Annual report on the Civil Veterinary Department, Burma (including the Insein Veterinary School) - 1910-1922
Year: 1910
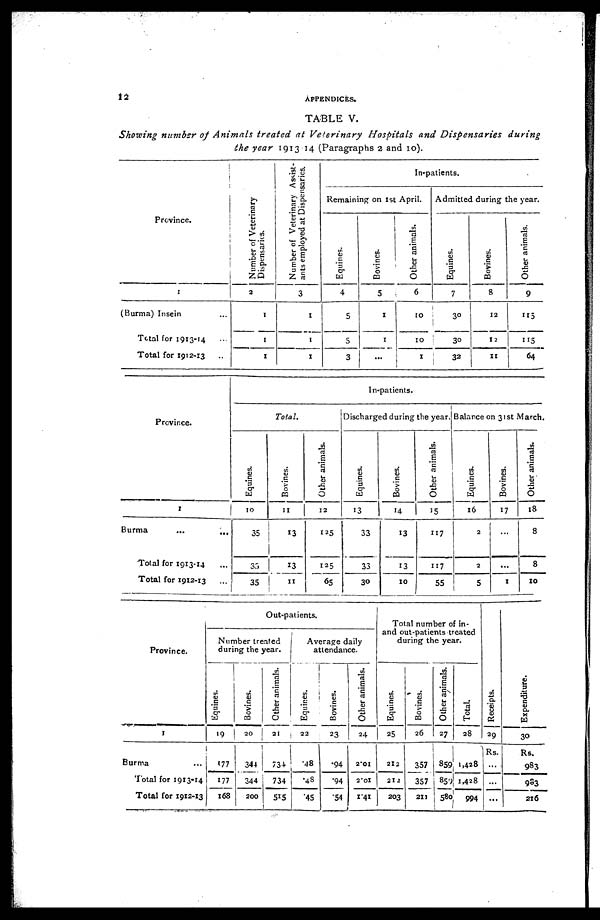
12
APPENDICES.
TABLE V.
Showing number of Animals treated at Veterinary
Hospitals and Dispensaries
during
the year 1913 14 (Paragraphs 2 and 10).
Province.
1
(Burma) Insein ...
Total for 1913-14 ...
Total for 1912-13 ...
Number of Veterinary
Dispensaries.
2
1
1
1
Number of Veterinary Assist-
ants employed at Dispensaries.
3
1
1
1
In-patients.
Remaining on 1st April.
Equines.
4
5
5
3
Bo vines.
5
1
1
...
Other animals.
6
10
10
1
Admitted during the year.
Equines.
7
30
30
32
Bovines.
8
12
12
11
Other animals.
9
115
115
64
Province.
1
Burma
...
...
Total for 1913-14 ...
Total for 1912-13 ...
In-patients.
Total.
Equines.
10
35
35
35
Bovines.
11
13
13
11
Other animals.
12
125
125
65
Discharged during the year.
Equines.
13
33
33
30
Bovines.
14
13
13
10
Other animals.
15
117
117
55
Balance on 31st March.
Equines.
16
2
2
5
Bovines.
17
...
...
X
Other animals.
18
8
8
10
Province.
1
Burma ...
Total for 1913-14
Total for 1912-13
Out-patients.
Number treated
during the year.
Equines.
19
177
177
168
Bovines.
20
344
344
200
Other animals.
21
734
734
515
Average daily
attendance.
Equines.
22
48
48
45
Bovines.
23
.94
.94
.54
Other animals.
24
2.0I
2.01
1.41
Total number of in-
and out-patients treated
during the year.
Equines.
25
212
2l2
203
Bovines.
26
357
357
2x1
Other animals.
27
859
859
580
Total.
28
1,428
1,428
994
Receipts.
29
Rs.
...
...
...
Expenditure.
30
Rs.
983
983
216